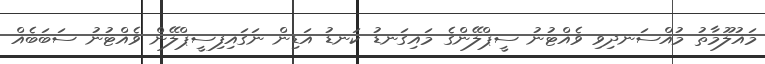
މައުލޫމާތު މުއްސަނދިވި ވެއްޓުނު ސީޕްލޭންގެ މައިގަނޑު ކަނޑު އަޑިން ނަގައިފިސީޕްލޭން ވެއްޓުނު ސަބަބެއް